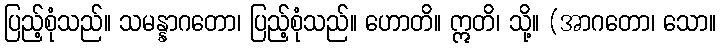
ပြည့်စုံသည်။ သမန္နာဂတော၊ ပြည့်စုံသည်။ ဟောတိ။ ဣတိ၊ သို့။ (အာဂတော၊ သော။